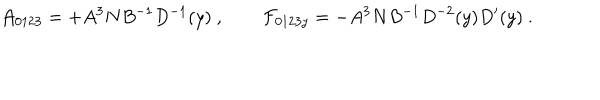
LaTeX: { \cal A } _ { 0 1 2 3 } = + A ^ { 3 } N B ^ { - 1 } D ^ { - 1 } ( y ) \ , { \cal F } _ { 0 1 2 3 y } = - A ^ { 3 } N B ^ { - 1 } D ^ { - 2 } ( y ) D ^ { \prime } ( y ) \ .